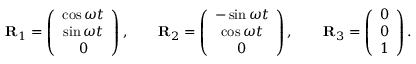
\begin{array} { r } { { \bf R } _ { 1 } = \left( \begin{array} { c } { \cos \omega t } \\ { \sin \omega t } \\ { 0 } \end{array} \right) , \qquad { \bf R } _ { 2 } = \left( \begin{array} { c } { - \sin \omega t } \\ { \cos \omega t } \\ { 0 } \end{array} \right) , \qquad { \bf R } _ { 3 } = \left( \begin{array} { c } { 0 } \\ { 0 } \\ { 1 } \end{array} \right) . } \end{array}